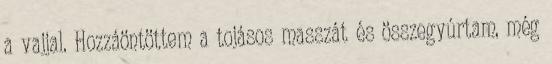
a vajjal. Hozzáöntöttem a tojásos masszát és összegyúrtam, még